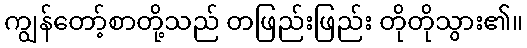
ကျွန်တော့်စာတို့သည် တဖြည်းဖြည်း တိုတိုသွား၏။